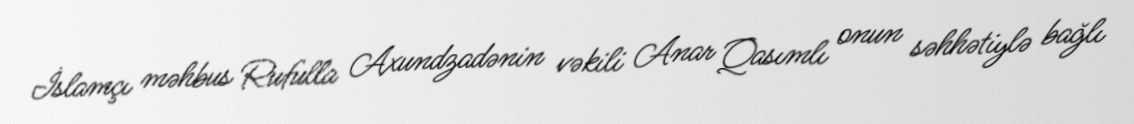
İslamçı məhbus Rufulla Axundzadənin vəkili Anar Qasımlı onun səhhətiylə bağlı